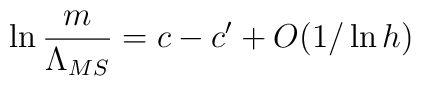
\ln \frac{m}{\Lambda _{MS}}=c-c^{\prime }+O(1/\ln h)